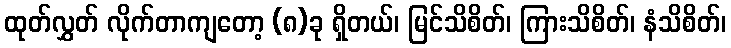
ထုတ်လွှတ် လိုက်တာကျတော့ (၈)ခု ရှိတယ်၊ မြင်သိစိတ်၊ ကြားသိစိတ်၊ နံသိစိတ်၊